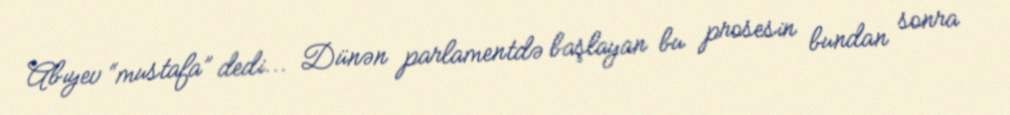
Abıyev “mustafa” dedi... Dünən parlamentdə başlayan bu prosesin bundan sonra